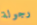
رجولة